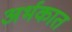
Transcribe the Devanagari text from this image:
अर्भकात